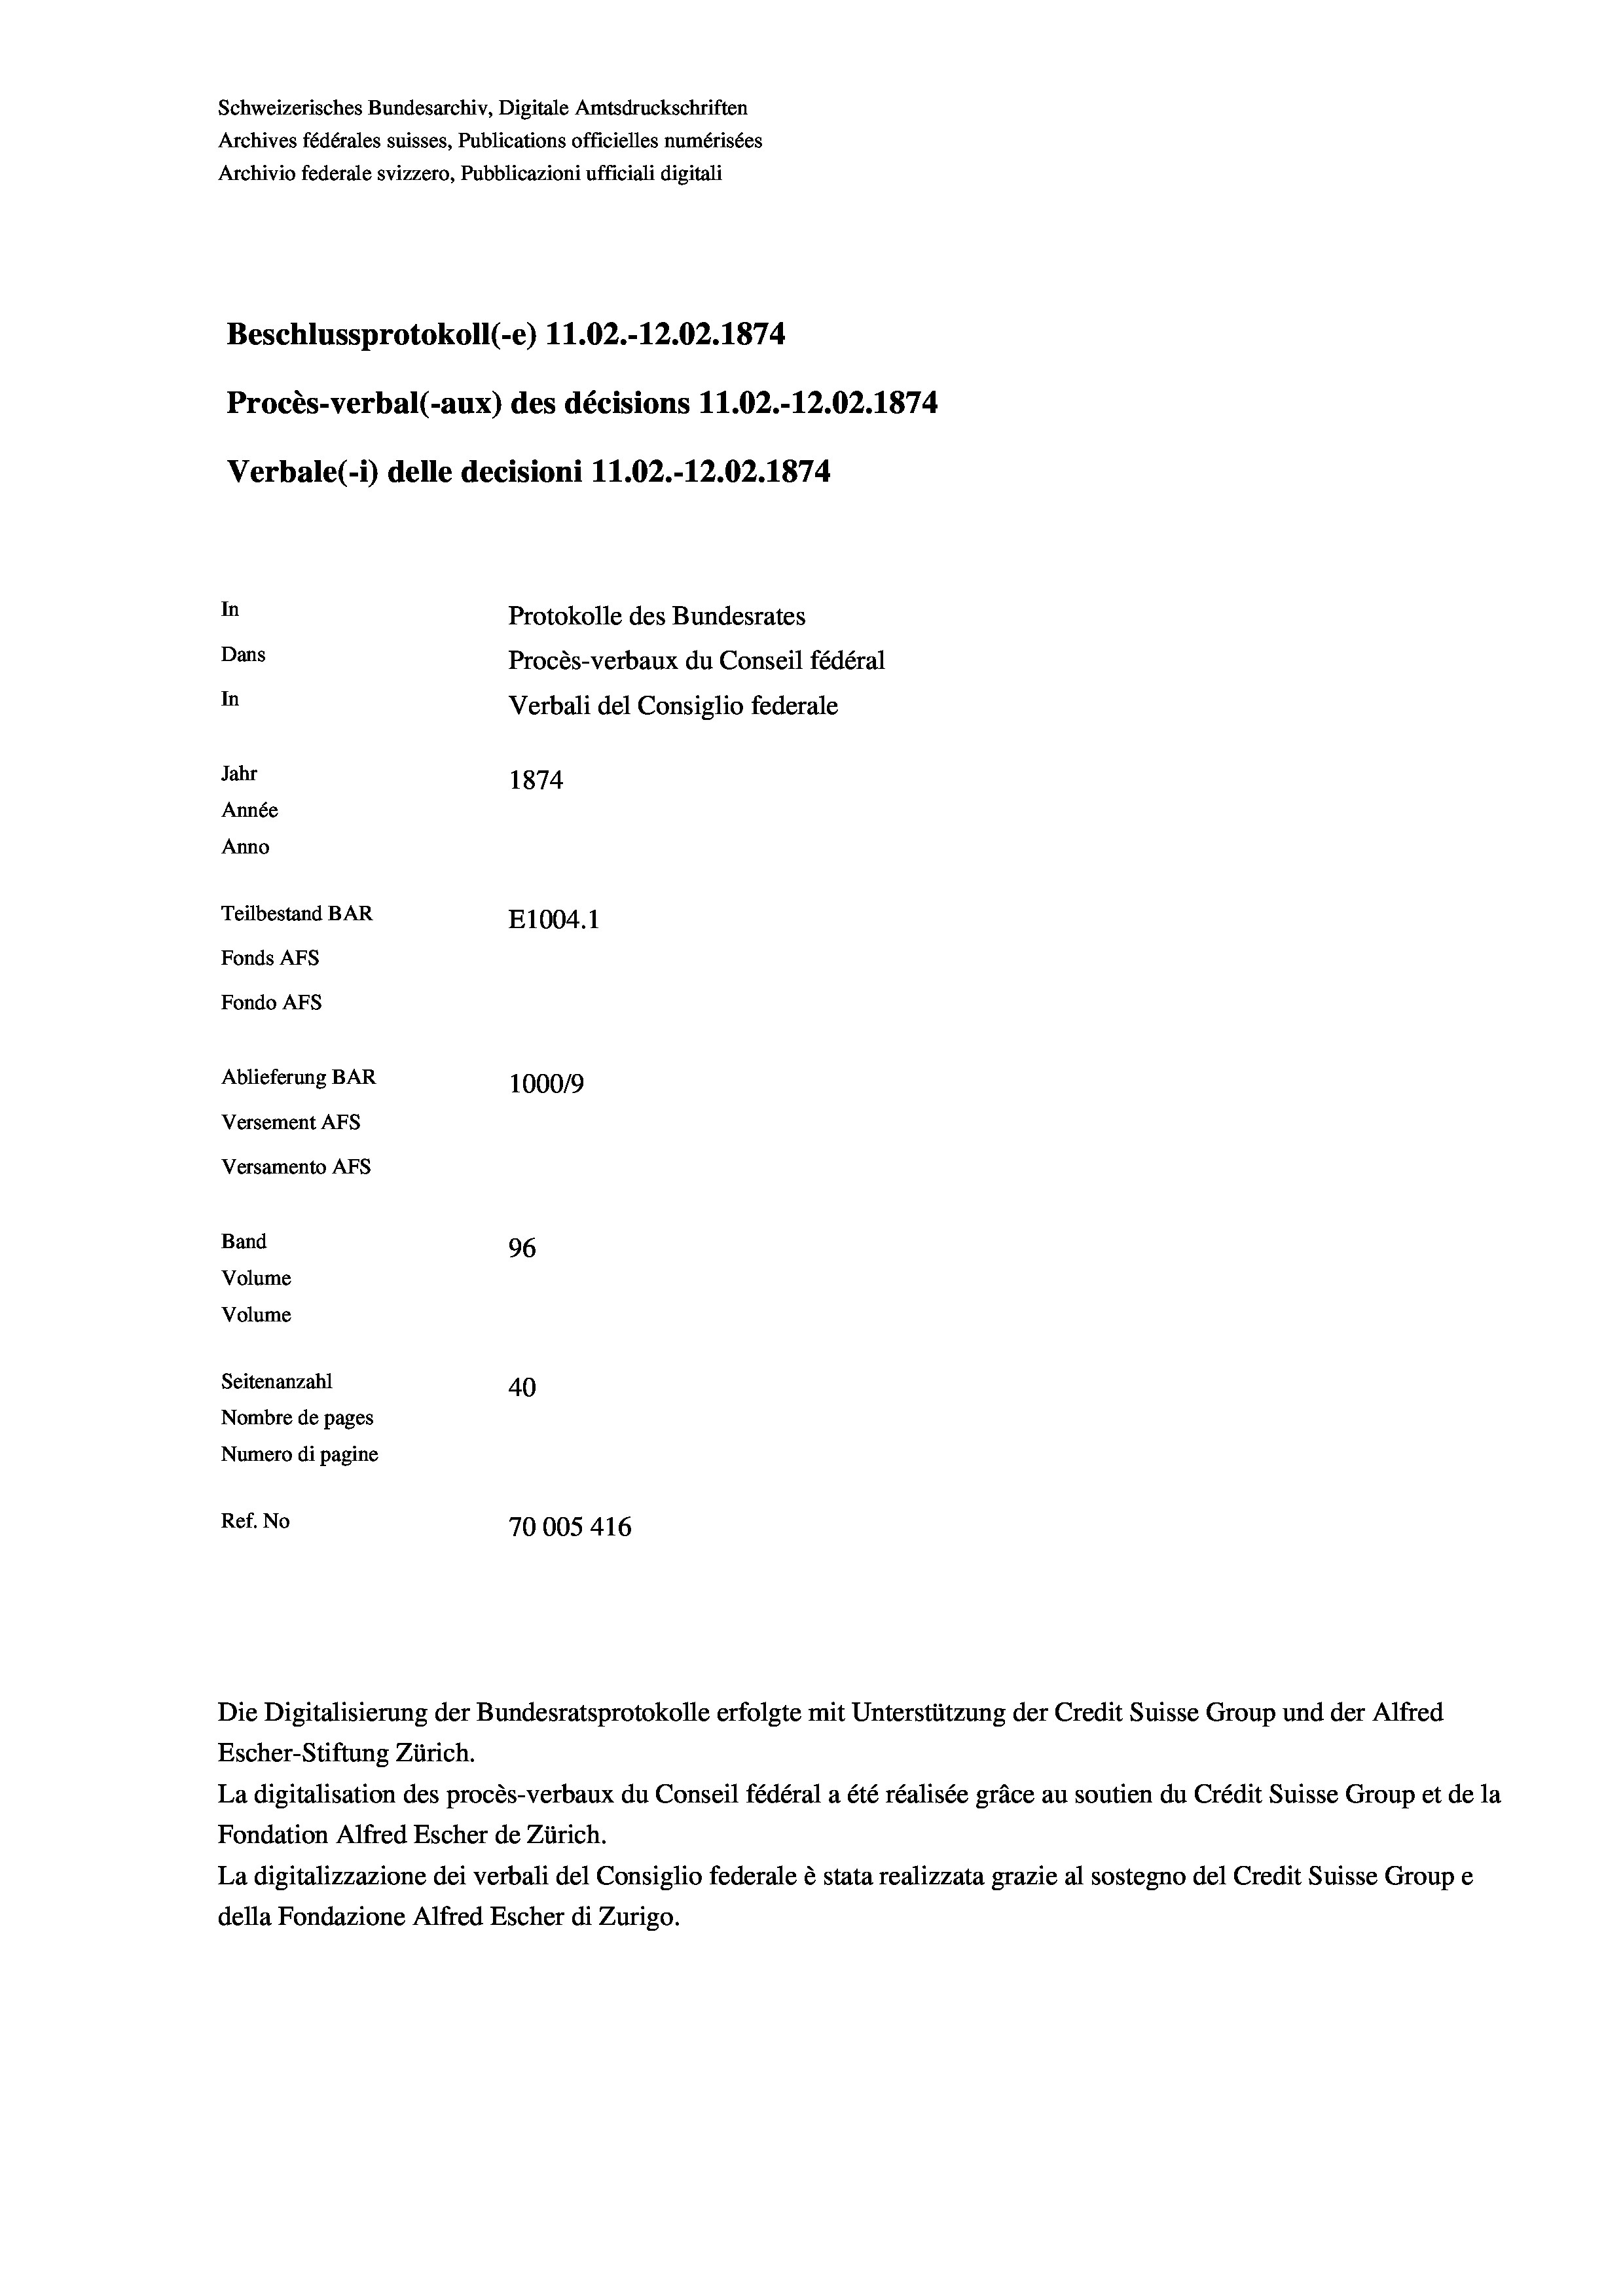
Schweizerisches Bundesarchiv, Digitale Amtsdruckschriften
Archives fédérales suisses, Publications officielles numérisées
Archivio federale svizzero, Pubblicazioni ufficiali digitali
Beschlussprotokoll (-e) 11.02.-12.02. 1874
Procès-verbal (-aux) des décisions 11.02.-12.02. 1874
Verbale(-*) delle decisioni 11.02.-12.02. 1874
In
Protokolle des Bundesrates
Dans
Procès-verbaux du Conseil fédéral
In
Verbali del Consiglio federale
Jahr
1874
Année
Anno
Teilbestand BAR
E1004. 1
Fonds AFs
Fondo AFS
Ablieferung BAR
100019
Versement AFs
Versamento AFs
Band
96
Volume
Volume
Seitenanzahl
40
Nombre de pages
Numero di pagine
Ref. No
70005 416

Die Digitalisierung der Bundesratsprotokolle erfolgte mit Unterstützung der Credit Suisse Group und der Alfred
Escher-Stiftung Zürich.
La digitalisation des procès-verbaux du Conseil fédéral a été réalisée gräce au soutien du Crédit Suisse Group et de la
Fondation Alfred Escher de Zürich.
La digitalizzazione dei verbali del Consiglio federale è stata realizzata grazie al sostegno del Credit Suisse Groupe
della Fondazione Alfred Escher di Zurigo.